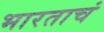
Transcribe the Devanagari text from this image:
भारताचं